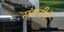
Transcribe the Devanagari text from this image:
संमतीनें